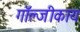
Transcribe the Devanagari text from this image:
गॉल्जीकाय